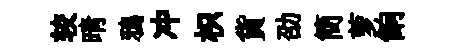
较晴鴉冲枳貨劭簡萝餉